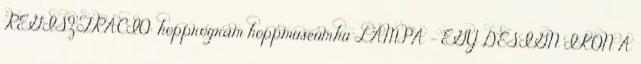
REGISZTRÁCIÓ: hopprogram hoppmuseum.hu LÁMPA - EGY DESIGN IKON A